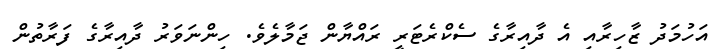
އަހުމަދު ޒާހިރާއި އެ ދާއިރާގެ ސެކްރެޓަރީ ރައްޔާން ޖަމާލެވެ. ހިންނަވަރު ދާއިރާގެ ފަރާތުން